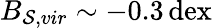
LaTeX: B_{\mathcal{S},vir}\sim-0.3\, \mathrm{{dex}}